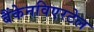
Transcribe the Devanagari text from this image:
बैंकेनविएरटेल